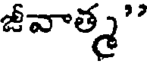
జీవాత్మ"